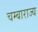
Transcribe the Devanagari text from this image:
चम्बाराज्य